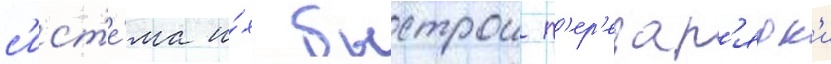
с'ист'е́ма и́х быстрои п'ер'езар'ядк'и